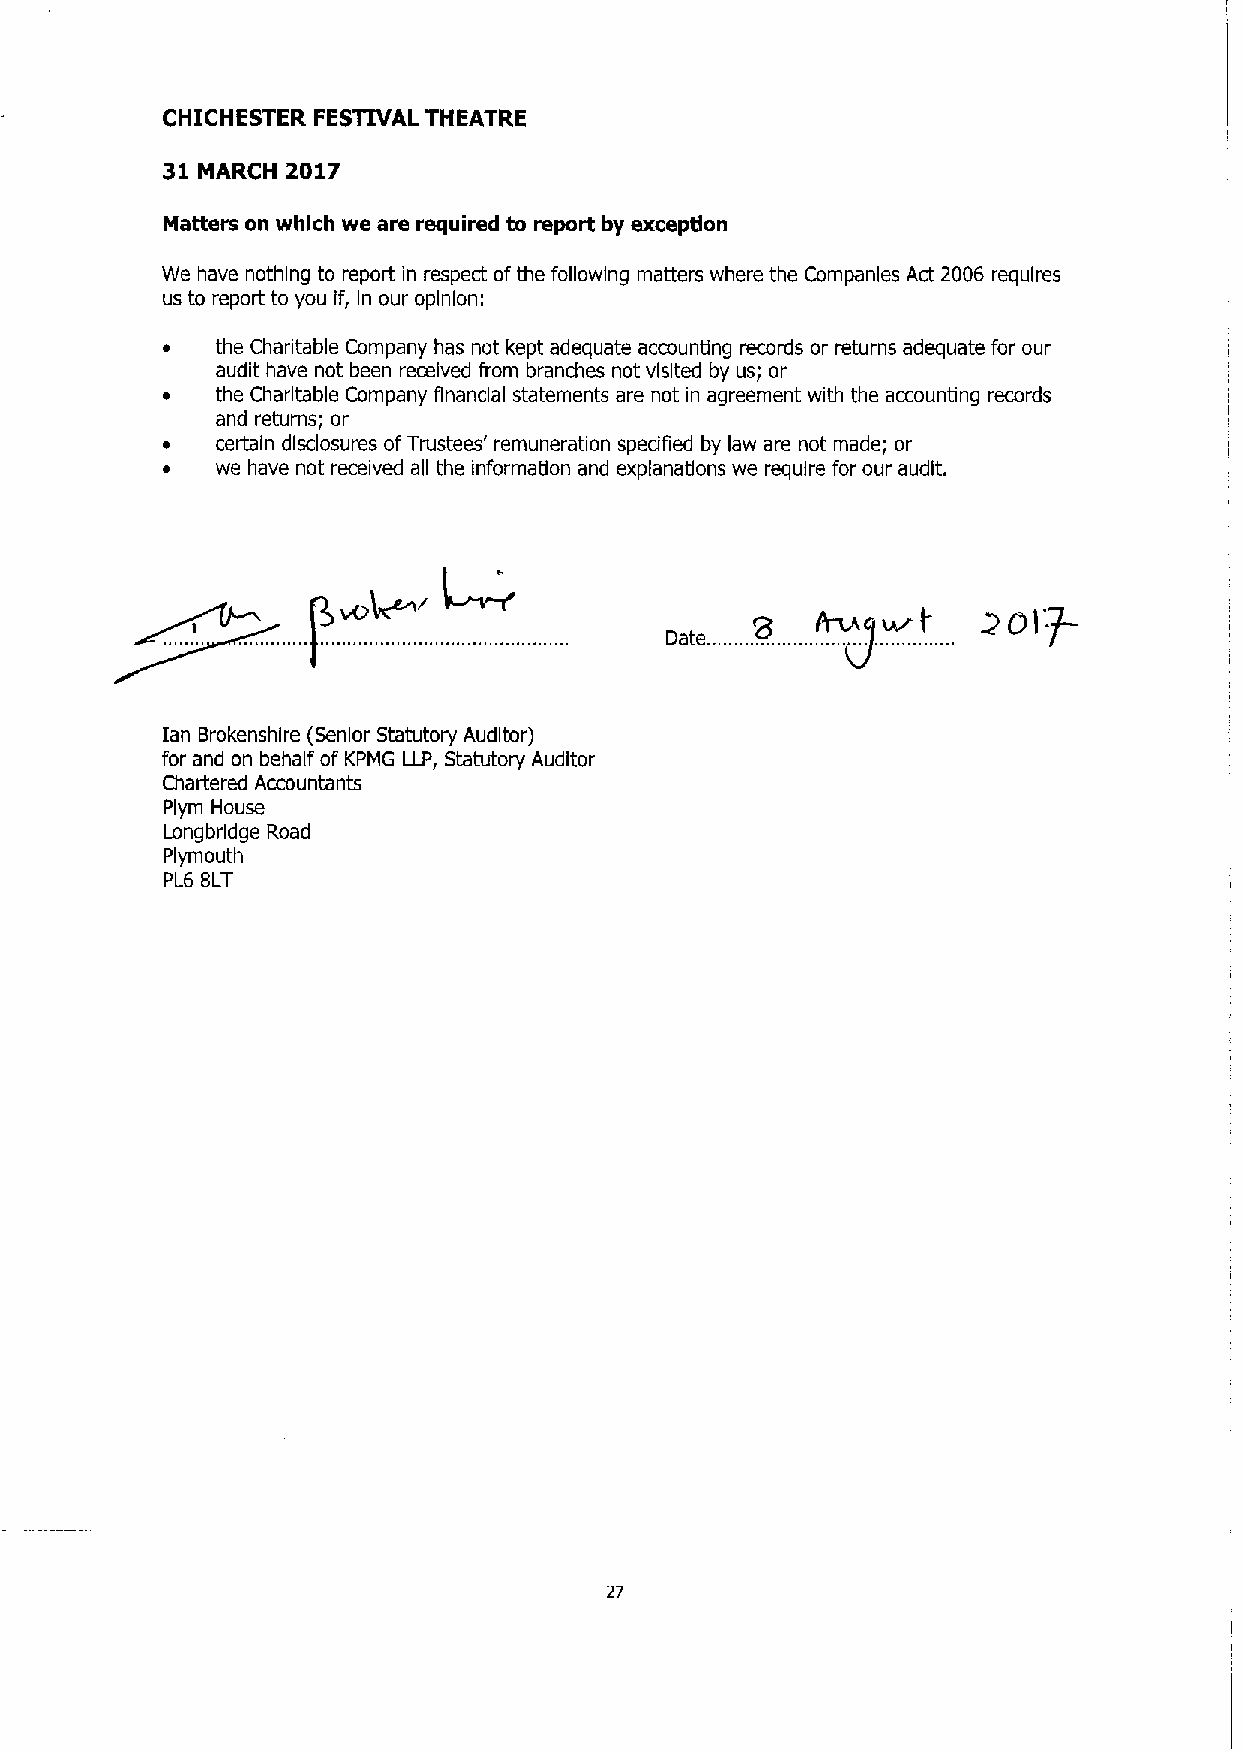
CHICHESTER FESTIVAL THEATRE
 31 MARCH 2017
 Matters on which we are required to report by exception
 We have nothing to report in respect ofthe following matters where the Companies Act 2006 requires
 us to report to you if, In our opinion:
 the Charitable Company has not kept adequate accounting records or returns adequate for our
 audit have not been received from branches not visited by us; or
 the Charitable Company financial statements are not in agreement with the accounting records
 and returns; or
 certain disclosures ofTrustees' remuneration specified by law are not made; or
 we have not received all the information and explanations we require for our audit.
 tan Brokenshire (Senior Statutory Auditor)
 for and on behalf of KPMG LLP, Statutory Auditor
 Chartered Accountants
 Plym House
 Longbrldge Road
 Plymouth
 PL6 BLT
 27